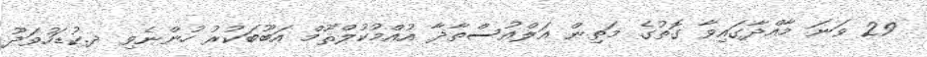
29 ވަނަ މާއްދާގައިވާ ގޮތުގެ މަތިން އަލްއުސްތާޛާ އުއްމުކުލްޘޫމް އަބޫބަކުރު ހުންނެވި ދ.ކުޑަހުވަދޫ